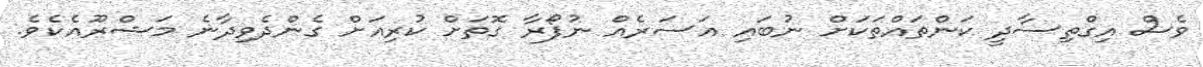
ވެސް އިގްތިސާދީ ކަންތައްތަކަށް ނުބައި އަސަރެއް ނުފޯރާ ގޮތަށް ކުރިއަށް ގެންދެވިދާނެ މަޝްރޫއެކެވެ.